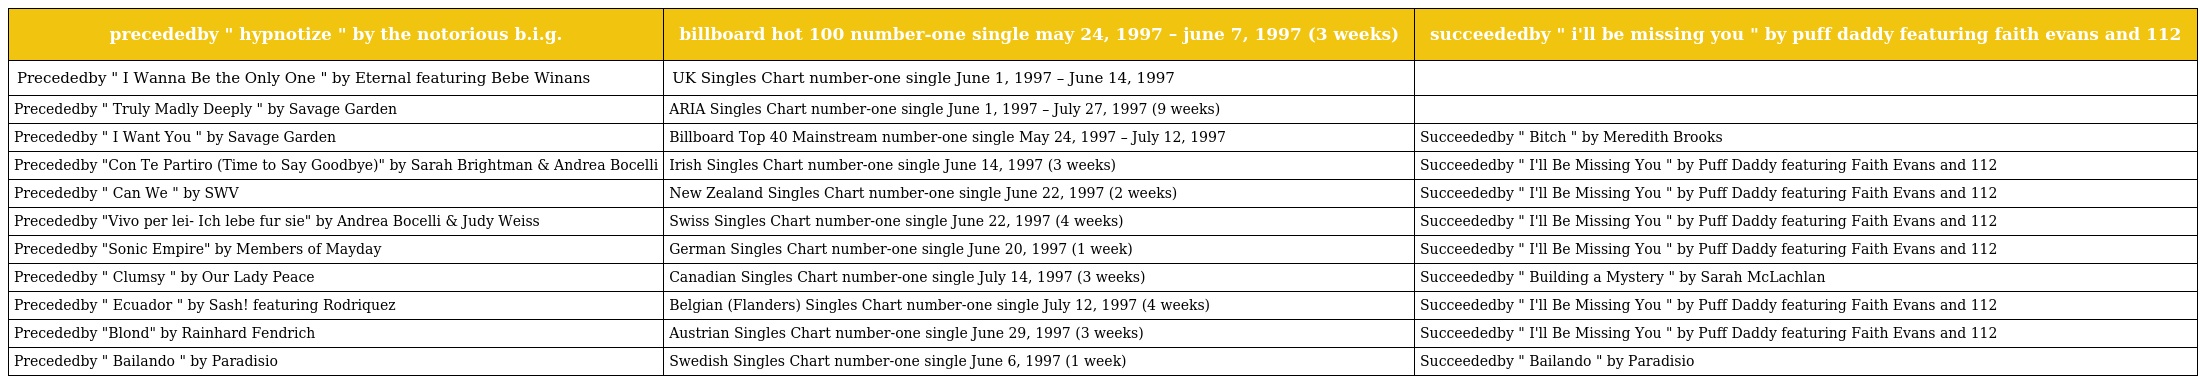
| precededby " hypnotize " by the notorious b.i.g. | billboard hot 100 number-one single may 24, 1997 – june 7, 1997 (3 weeks) | succeededby " i'll be missing you " by puff daddy featuring faith evans and 112 |
 | --- | --- | --- |
 | Precededby " I Wanna Be the Only One " by Eternal featuring Bebe Winans | UK Singles Chart number-one single June 1, 1997 – June 14, 1997 |  |
 | Precededby " Truly Madly Deeply " by Savage Garden | ARIA Singles Chart number-one single June 1, 1997 – July 27, 1997 (9 weeks) |  |
 | Precededby " I Want You " by Savage Garden | Billboard Top 40 Mainstream number-one single May 24, 1997 – July 12, 1997 | Succeededby " Bitch " by Meredith Brooks |
 | Precededby "Con Te Partiro (Time to Say Goodbye)" by Sarah Brightman & Andrea Bocelli | Irish Singles Chart number-one single June 14, 1997 (3 weeks) | Succeededby " I'll Be Missing You " by Puff Daddy featuring Faith Evans and 112 |
 | Precededby " Can We " by SWV | New Zealand Singles Chart number-one single June 22, 1997 (2 weeks) | Succeededby " I'll Be Missing You " by Puff Daddy featuring Faith Evans and 112 |
 | Precededby "Vivo per lei- Ich lebe fur sie" by Andrea Bocelli & Judy Weiss | Swiss Singles Chart number-one single June 22, 1997 (4 weeks) | Succeededby " I'll Be Missing You " by Puff Daddy featuring Faith Evans and 112 |
 | Precededby "Sonic Empire" by Members of Mayday | German Singles Chart number-one single June 20, 1997 (1 week) | Succeededby " I'll Be Missing You " by Puff Daddy featuring Faith Evans and 112 |
 | Precededby " Clumsy " by Our Lady Peace | Canadian Singles Chart number-one single July 14, 1997 (3 weeks) | Succeededby " Building a Mystery " by Sarah McLachlan |
 | Precededby " Ecuador " by Sash! featuring Rodriquez | Belgian (Flanders) Singles Chart number-one single July 12, 1997 (4 weeks) | Succeededby " I'll Be Missing You " by Puff Daddy featuring Faith Evans and 112 |
 | Precededby "Blond" by Rainhard Fendrich | Austrian Singles Chart number-one single June 29, 1997 (3 weeks) | Succeededby " I'll Be Missing You " by Puff Daddy featuring Faith Evans and 112 |
 | Precededby " Bailando " by Paradisio | Swedish Singles Chart number-one single June 6, 1997 (1 week) | Succeededby " Bailando " by Paradisio |